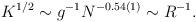
LaTeX: \begin{align*}K^{1/2} \sim g^{-1} N^{-0.54(1)} \sim R^{-1}.\end{align*}